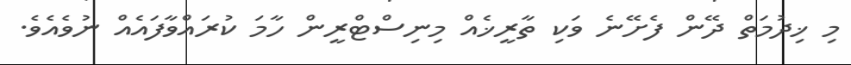
މި ޚިދުމަތް ދޭން ފެށޭނެ ވަކި ތާރީޚެއް މިނިސްޓްރީން ހާމަ ކުރައްވާފައެއް ނުވެއެވެ.